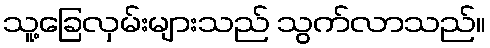
သူ့ခြေလှမ်းများသည် သွက်လာသည်။